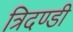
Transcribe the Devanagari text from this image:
त्रिदण्डी